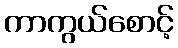
ကာကွယ်စောင့်